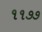
૧૧૭૭